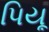
પિયૂ